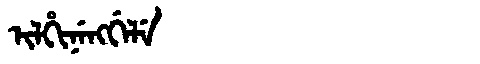
Manchu: ᡳᠯᡥᡳᠨᡝᠩᡤᡝᠯᡝ
Romanization: ILHINENGGELE